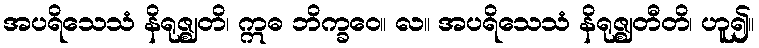
အပရိသေသံ နိရုဇ္ဈတိ၊ ဣဓ ဘိက္ခဝေ။ လ။ အပရိသေသံ နိရုဇ္ဈတီတိ၊ ဟူ၍။